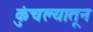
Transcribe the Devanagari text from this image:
कुंचल्यातून